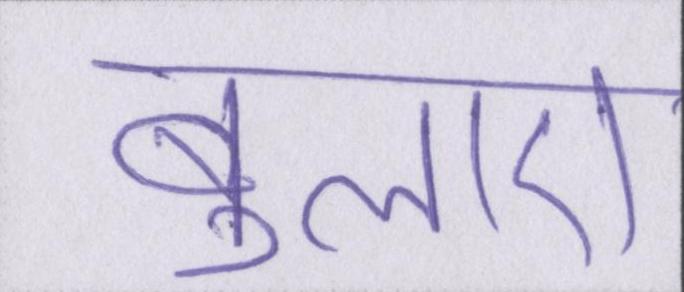
बुलाए